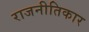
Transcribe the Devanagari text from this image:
राजनीतिकार